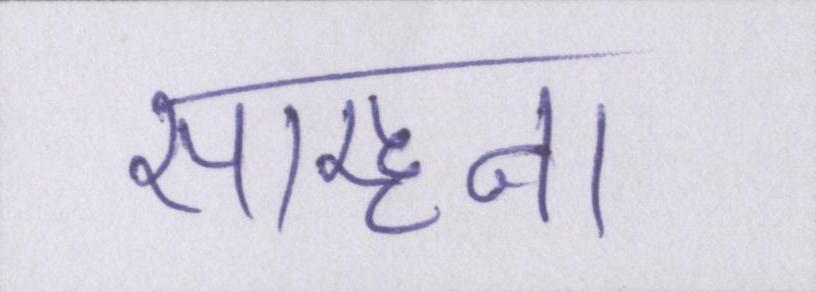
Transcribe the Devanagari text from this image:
साम्हना